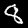
Digit: 8